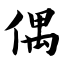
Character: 偶